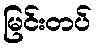
မြင်းတပ်